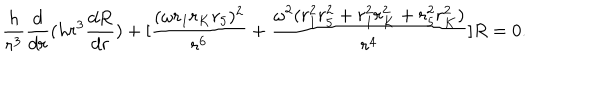
\frac { h } { r ^ { 3 } } \frac { d } { d r } ( h r ^ { 3 } \frac { d R } { d r } ) + [ \frac { ( \omega r _ { 1 } r _ { K } r _ { 5 } ) ^ { 2 } } { r ^ { 6 } } + \frac { \omega ^ { 2 } ( r _ { 1 } ^ { 2 } r _ { 5 } ^ { 2 } + r _ { 1 } ^ { 2 } r _ { K } ^ { 2 } + r _ { 5 } ^ { 2 } r _ { K } ^ { 2 } ) } { r ^ { 4 } } ] R = 0 .